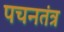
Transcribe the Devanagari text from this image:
पचनतंत्र